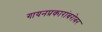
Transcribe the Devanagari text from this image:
गायनप्रकारांबरोबर